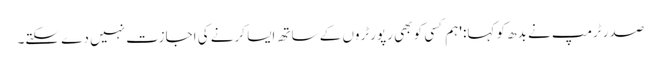
صدر ٹرمپ نے بدھ کو کہا: 'ہم کسی کو بھی رپورٹروں کے ساتھ ایسا کرنے کی اجازت نہیں دے سکتے۔